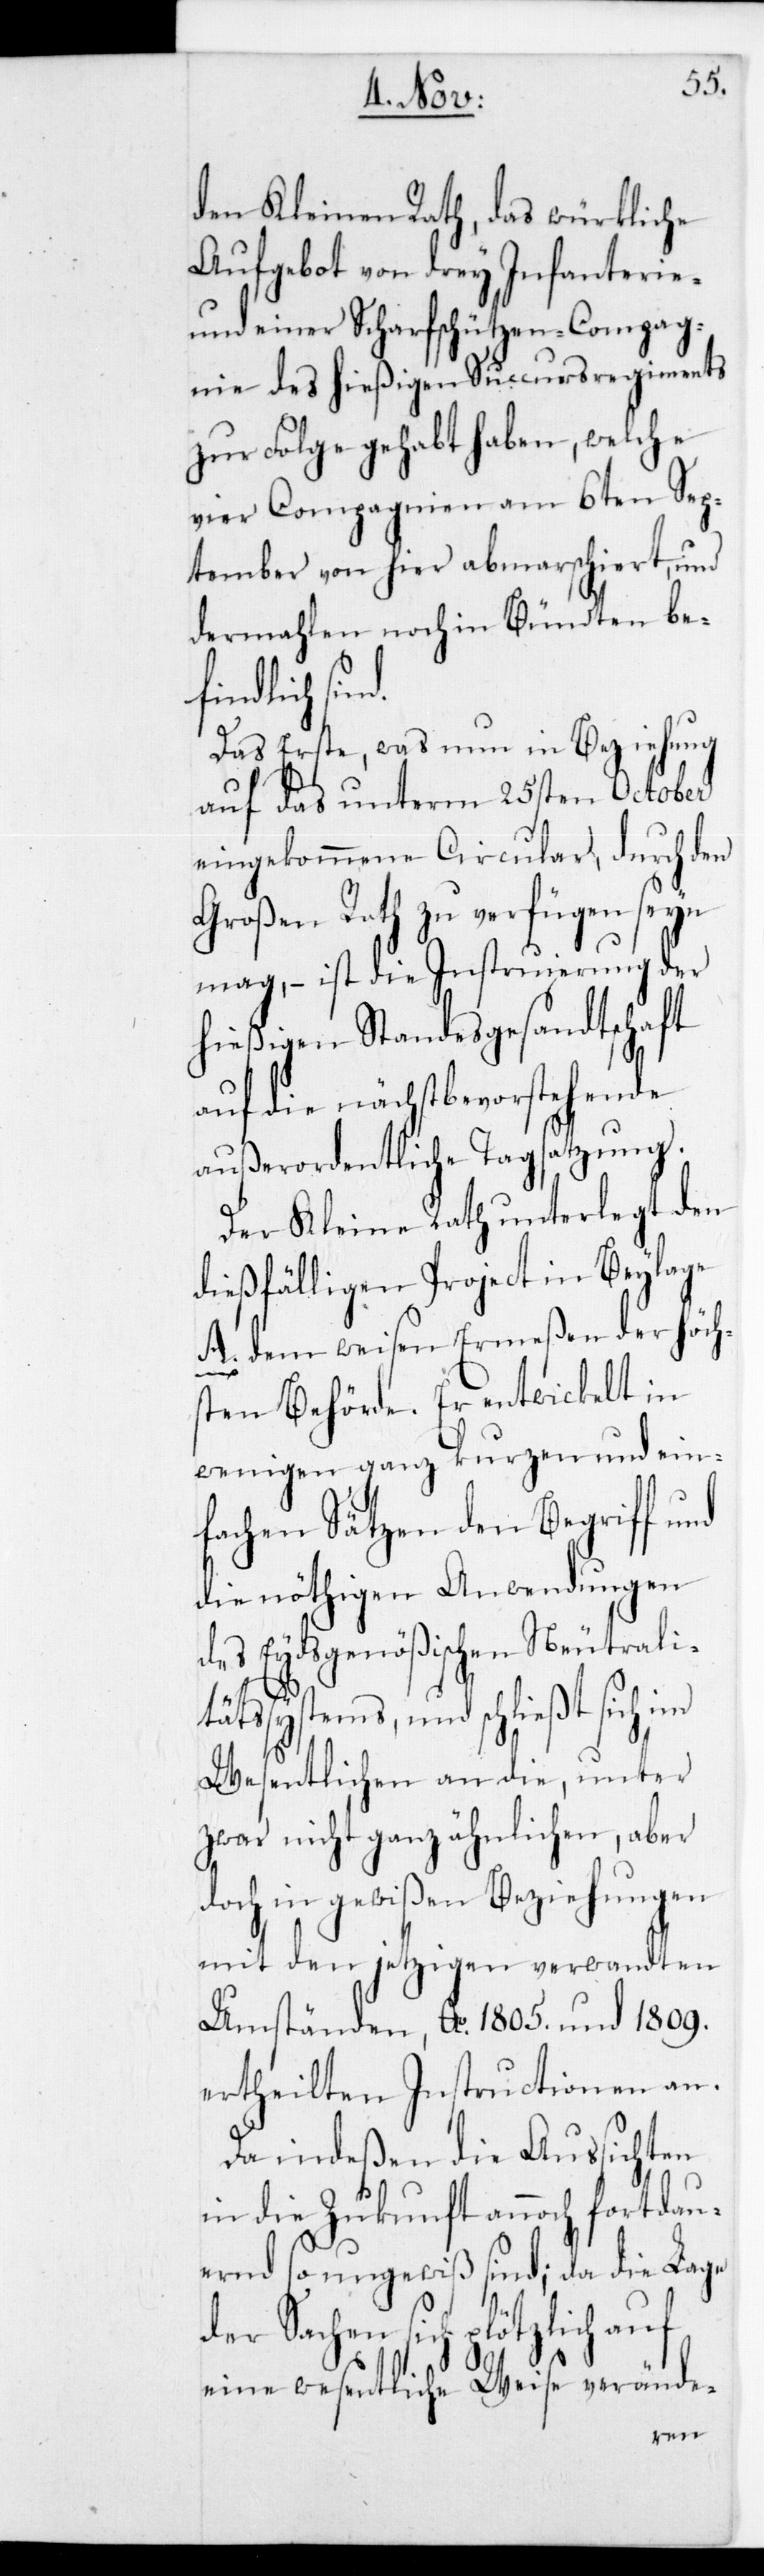
den Kleinen Rath, das
Aufgebot von drey Infanterie-
und einer Scharfschützen-Compag¬
nie des hießigen Succurs-Regiments
zu Folge gehabt haben, welche
Sep¬
vier Compagnien am
tember von hier abmarschiert, und
be¬
dermahlen noch in
findlich sind.
Das Erste, was nun
auf das unterm
eingekommene Circular, durch
seyn
Großen Rath zu verfü¬
mag, ist die Instruierung der
hießigen Standesgesandtschaft
auf die nächstbevorstehende
außerordentliche Tagsatzung.
Der Kleine Rath unterlegt den
dießfälligen Project in Beylage
A. dem weisen Ermeßen der höch¬
sten Behörde. Er entwickelt in
wenigen ganz kurzen und ein¬
fachen Sätzen den Begriff und
die nöthigen Anwendungen
des Eydsgenößischen Neutralit¬
ätssystems, und schließt sich im
Wesentlichen an die, unter
zwar nicht ganz ähnlichen, aber
doch in gewißen Beziehungen
mit den jetzigen verwandten
Umständen, Ao 1805. und 1809.
ertheilten Instructionen an.
Da indeßen die Aussichten
in die Zukunft annoch fortdaue¬
rnd so ungewiß sind; da die Lage
der Sachen sich plötzlich auf
eine wesentliche Weise verände-
gen